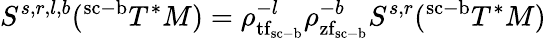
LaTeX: S^{s,r,l,b}(^{\mathrm{sc}\mathrm{-}\mathrm{b}}T^{*}M)=\rho_{{\mathrm{tf}}_{\mathrm{sc}\mathrm{-}\mathrm{b}}}^{-l}\rho_{{\mathrm{zf}}_{\mathrm{sc}\mathrm{-}\mathrm{b}}}^{-b}S^{s,r}(^{\mathrm{sc}\mathrm{-}\mathrm{b}}T^{*}M)